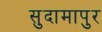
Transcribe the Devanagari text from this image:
सुदामापुर